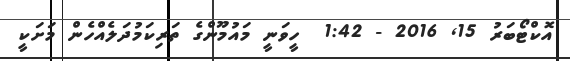
އޮކްޓޯބަރު 15